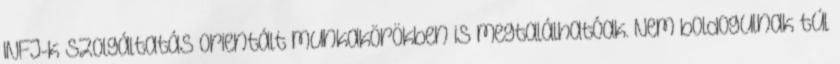
INFJ-k szolgáltatás orientált munkakörökben is megtalálhatóak. Nem boldogulnak túl